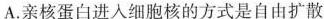
A.亲核蛋白进入细胞核的方式是自由扩散